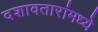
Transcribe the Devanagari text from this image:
दशावतारांमध्ये